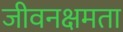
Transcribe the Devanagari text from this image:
जीवनक्षमता